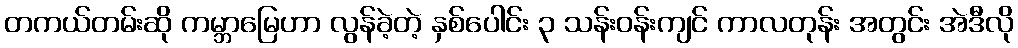
တကယ်တမ်းဆို ကမ္ဘာမြေဟာ လွန်ခဲ့တဲ့ နှစ်ပေါင်း ၃ သန်းဝန်းကျင် ကာလတုန်း အတွင်း အဲဒီလို